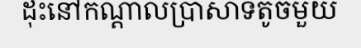
ដុះនៅកណ្តាលប្រាសាទតូចមួយ